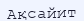
Ақсайит